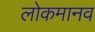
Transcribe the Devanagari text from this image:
लोकमानव